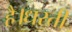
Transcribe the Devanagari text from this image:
है।धरती